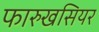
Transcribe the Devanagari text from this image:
फारुखसियर